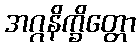
အဂ္ဂနိက္ခိတ္တော